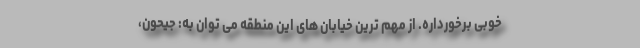
خوبی برخورداره. از مهم ترین خیابان های این منطقه می توان به: جیحون،